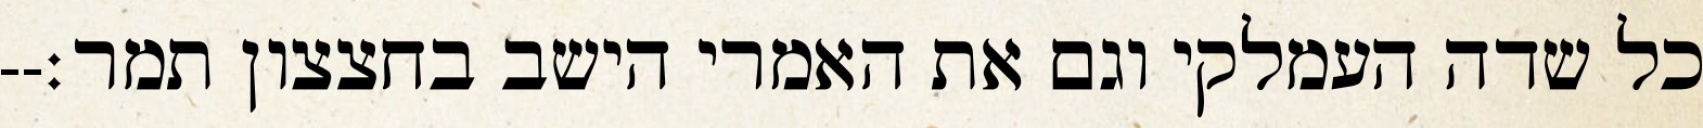
כל שדה העמלקי וגם את האמרי הישב בחצצון תמר׃--